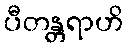
ပီတန္တရာဟိ